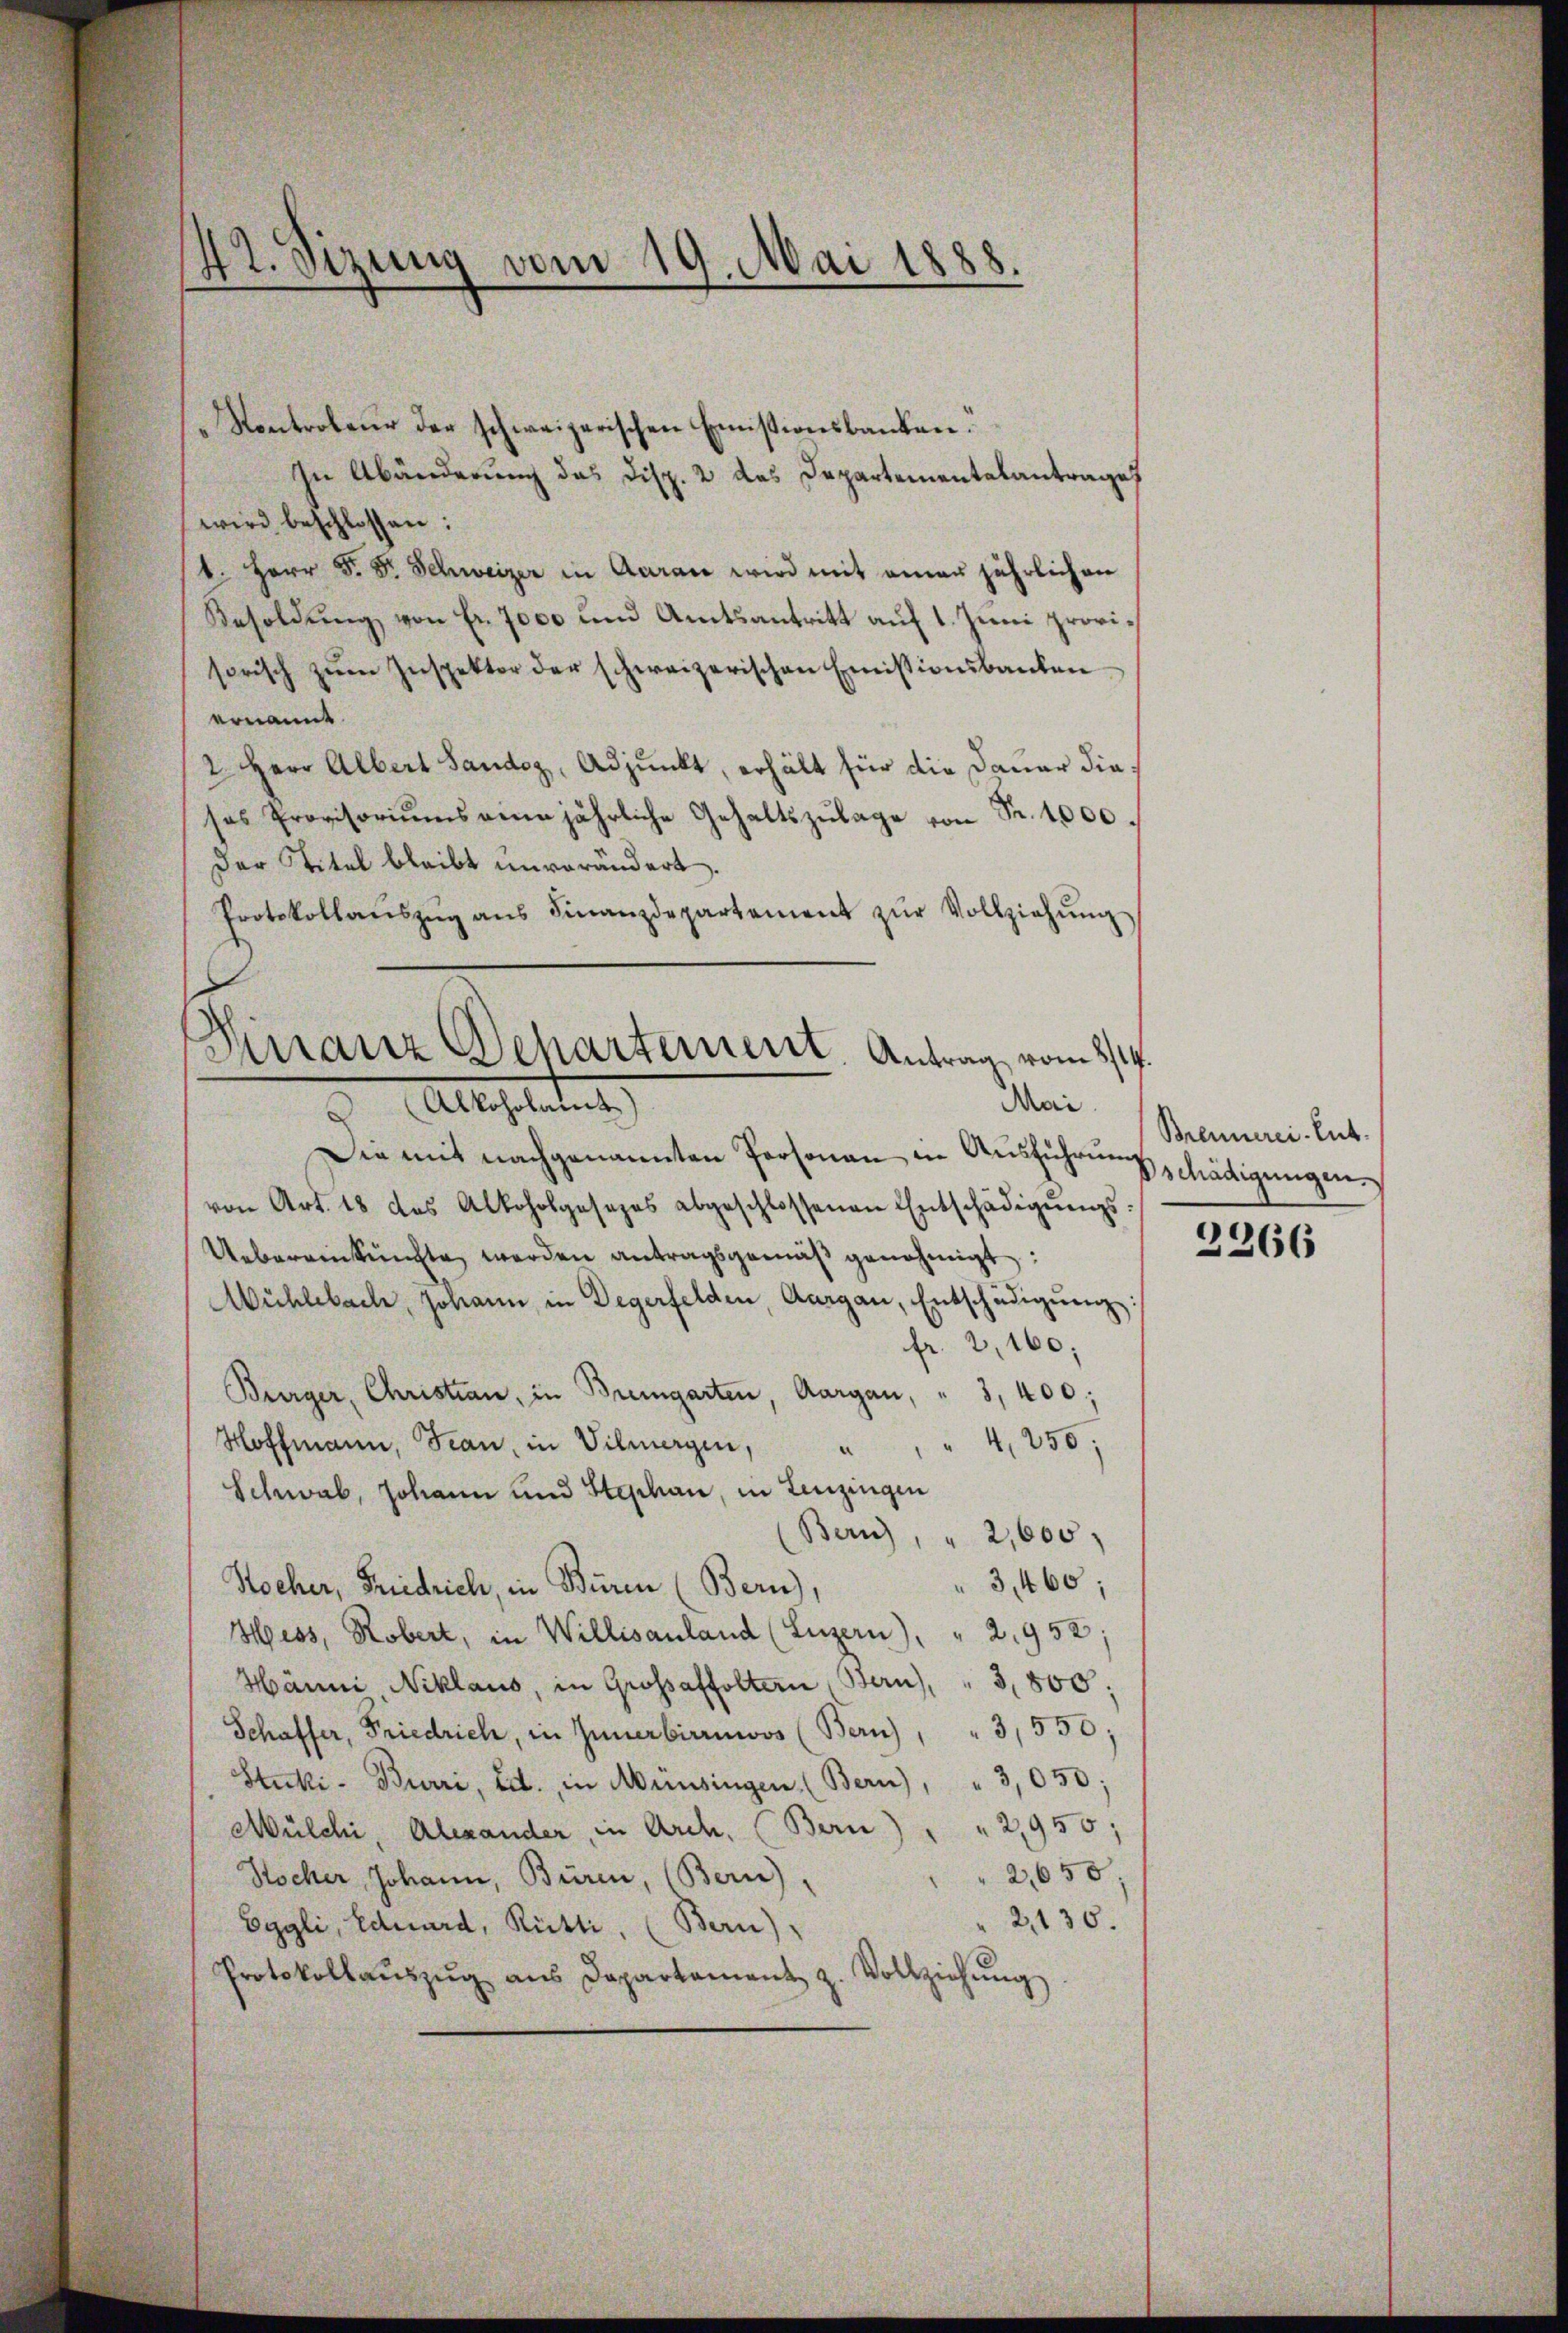
42. Sizung vom 19. Mai 1888.

Kontroleur der schweizerischen Emistionsbanken.
In Abänderung das Disp. 2 das Departementalantrage
wird beschlossen:
t. Herr D. Dr. Schweizer in Aarau wird mit einer jährlichen
Besoldung von Fr. 7000 und Amtsantritt auf 1. Juni provisorisch zŭm Inspektor der schweizerischen Emissionsbauten
ernannt
2 Herr Albert Sandoz, Adjunkt, erhält für die Dauer diesas Provisoriŭms anne jährliche Gehaltszŭlage von Fr. 1000.
Der Titel bleibt unverändert.
Protokollaŭszŭg aŭs Finanzdepartement zŭr Vollziehŭng
Die mit nachgenannten Personau in Ausführung
von Art. 18 das Alkoholgesezes abgeschlossenen Entschädigŭngs-
Uebereinkünfte werden antragsgemäβ genehmigt:
Mühlebach, Johann in Degerfelden, Aargau, Entschädigŭng:
fr. 2,160;
Bürger, Christian, in Bremgarten, Aargau, " 3,400;
4, 250;
Hoffmann, Frau, in Vilmergen,
Schwab, Johann und Stechan, in Lenzingen
Bern), " 2,000.
3,460;
Hocher, Friedrich, in Buren (Bern),
Hess, Robert, in Willisauland (Luzern), " 2,952:
Hänni Niklaus, in Grossaffoltern (Bern), " 3,800.
Schaffer, Friedrich, in Innerbirrmoos (Bern, " 3,550;
Stuki- Burri, Ed. in Münsingen (Bern), " 3,050;
Mülchi, Alexander, in Arch. (Bern) " " 2,950;
2,650.
Stocker, Johann, Büren, (Bern).
" 2,130.
Eggli, Eduard, Rütti, (Bern).
Protokollaŭszŭg aŭs Departament z. Vollziehŭng

Finanz Departement. Antrag vom 8/14.
Mai
 Alkoholamt

Brennerei-Ent.
schädigungen.

2266